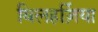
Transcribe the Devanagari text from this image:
बिलहर्ज़िया